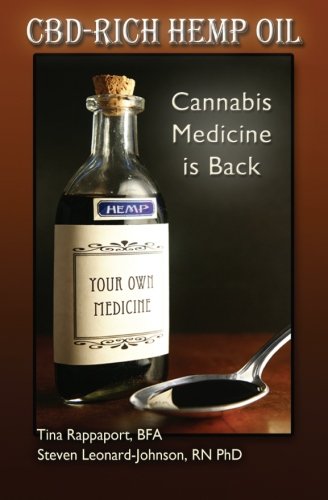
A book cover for CBD-Rich Hemp Oil: Cannabis Medicine is Back; Steven Leonard-Johnson; Health, Fitness & Dieting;